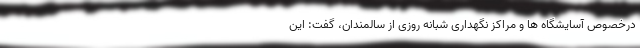
درخصوص آسایشگاه ها و مراکز نگهداری شبانه روزی از سالمندان، گفت: این